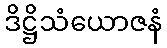
ဒိဋ္ဌိသံယောဇနံ